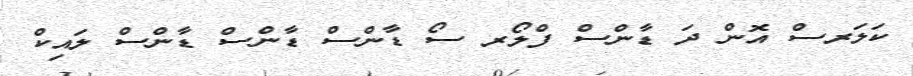
ކަލަރސް އޮން ދަ ޑާންސް ފްލޯރ ސޯ ޑާންސް ޑާންސް ޑާންސް ލައިކް